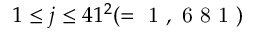
1 \leq j \leq 4 1 ^ { 2 } ( = \mathrm { ~ 1 ~ , ~ 6 ~ 8 ~ 1 ~ } )